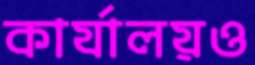
কার্যালয়ও